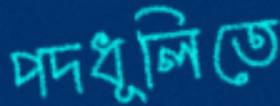
পদধূলিতে